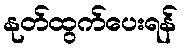
နုတ်ထွက်ပေးရန်